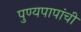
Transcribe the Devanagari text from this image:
पुण्यपापांची